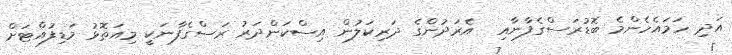
އަދި ހަމައެހެންމެ ބޮޑުރަސްގެފާނާއި  އެރަދުންގެ ދަރިކަލުން އިސްކަންދަރު ރަސްގެފާނަކީ މިއަތޮޅު މަޑިފުއްޓަށް